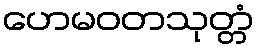
ဟေမဝတသုတ္တံ